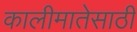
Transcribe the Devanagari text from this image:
कालीमातेसाठी